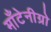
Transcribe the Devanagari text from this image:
माँटेनीग्रो